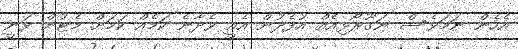
އެހެން ނަމަވެސް ނަގޫރޯޅިއެއް އުފެދުން އެއީ ވެދާނެ ކަމެއް ކަމަށް މެޓުން ވަނީ